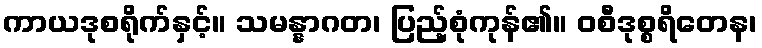
ကာယဒုစရိုက်နှင့်။ သမန္နာဂတ၊ ပြည့်စုံကုန်၏။ ဝစီဒုစ္စရိတေန၊